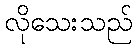
လိုသေးသည်